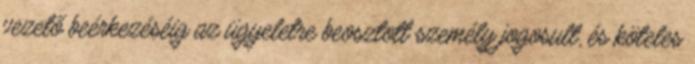
vezető beérkezéséig az ügyeletre beosztott személy jogosult, és köteles